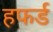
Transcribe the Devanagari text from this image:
हफर्ड